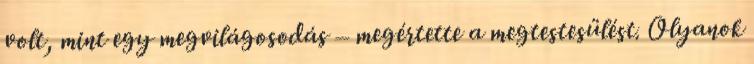
volt, mint egy megvilágosodás – megértette a megtestesülést. Olyanok